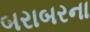
બરાબરના